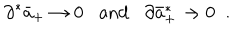
\partial ^ { * } \bar { a } _ { + } \rightarrow 0 \mathrm { a n d } \partial \bar { a } _ { + } ^ { * } \rightarrow 0 \; \; .